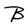
Character: B